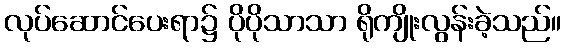
လုပ်ဆောင်ပေးရာ၌ ပိုပိုသာသာ ရိုကျိုးလွန်းခဲ့သည်။